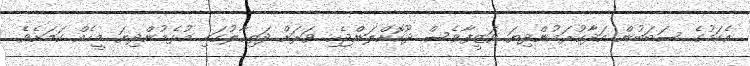
އެކަމުގެ ސަބަބުން އަދާކުރަމުންދިޔަ ވަޒީފާވެސް ދޫކޮށްލަންޖެހި ވަރަށް ދަތިހާލުގައި އުޅެމުންދިޔަ މީހެއް ކަމަށެވެ.